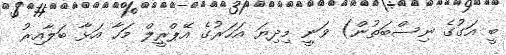
ބީ އަގުގެ ނިސްބަތުން) ވަނީ މިދިޔަ އަހަރުގެ އޭޕްރީލް މަހާ އަޅާ ބަލާއިރު